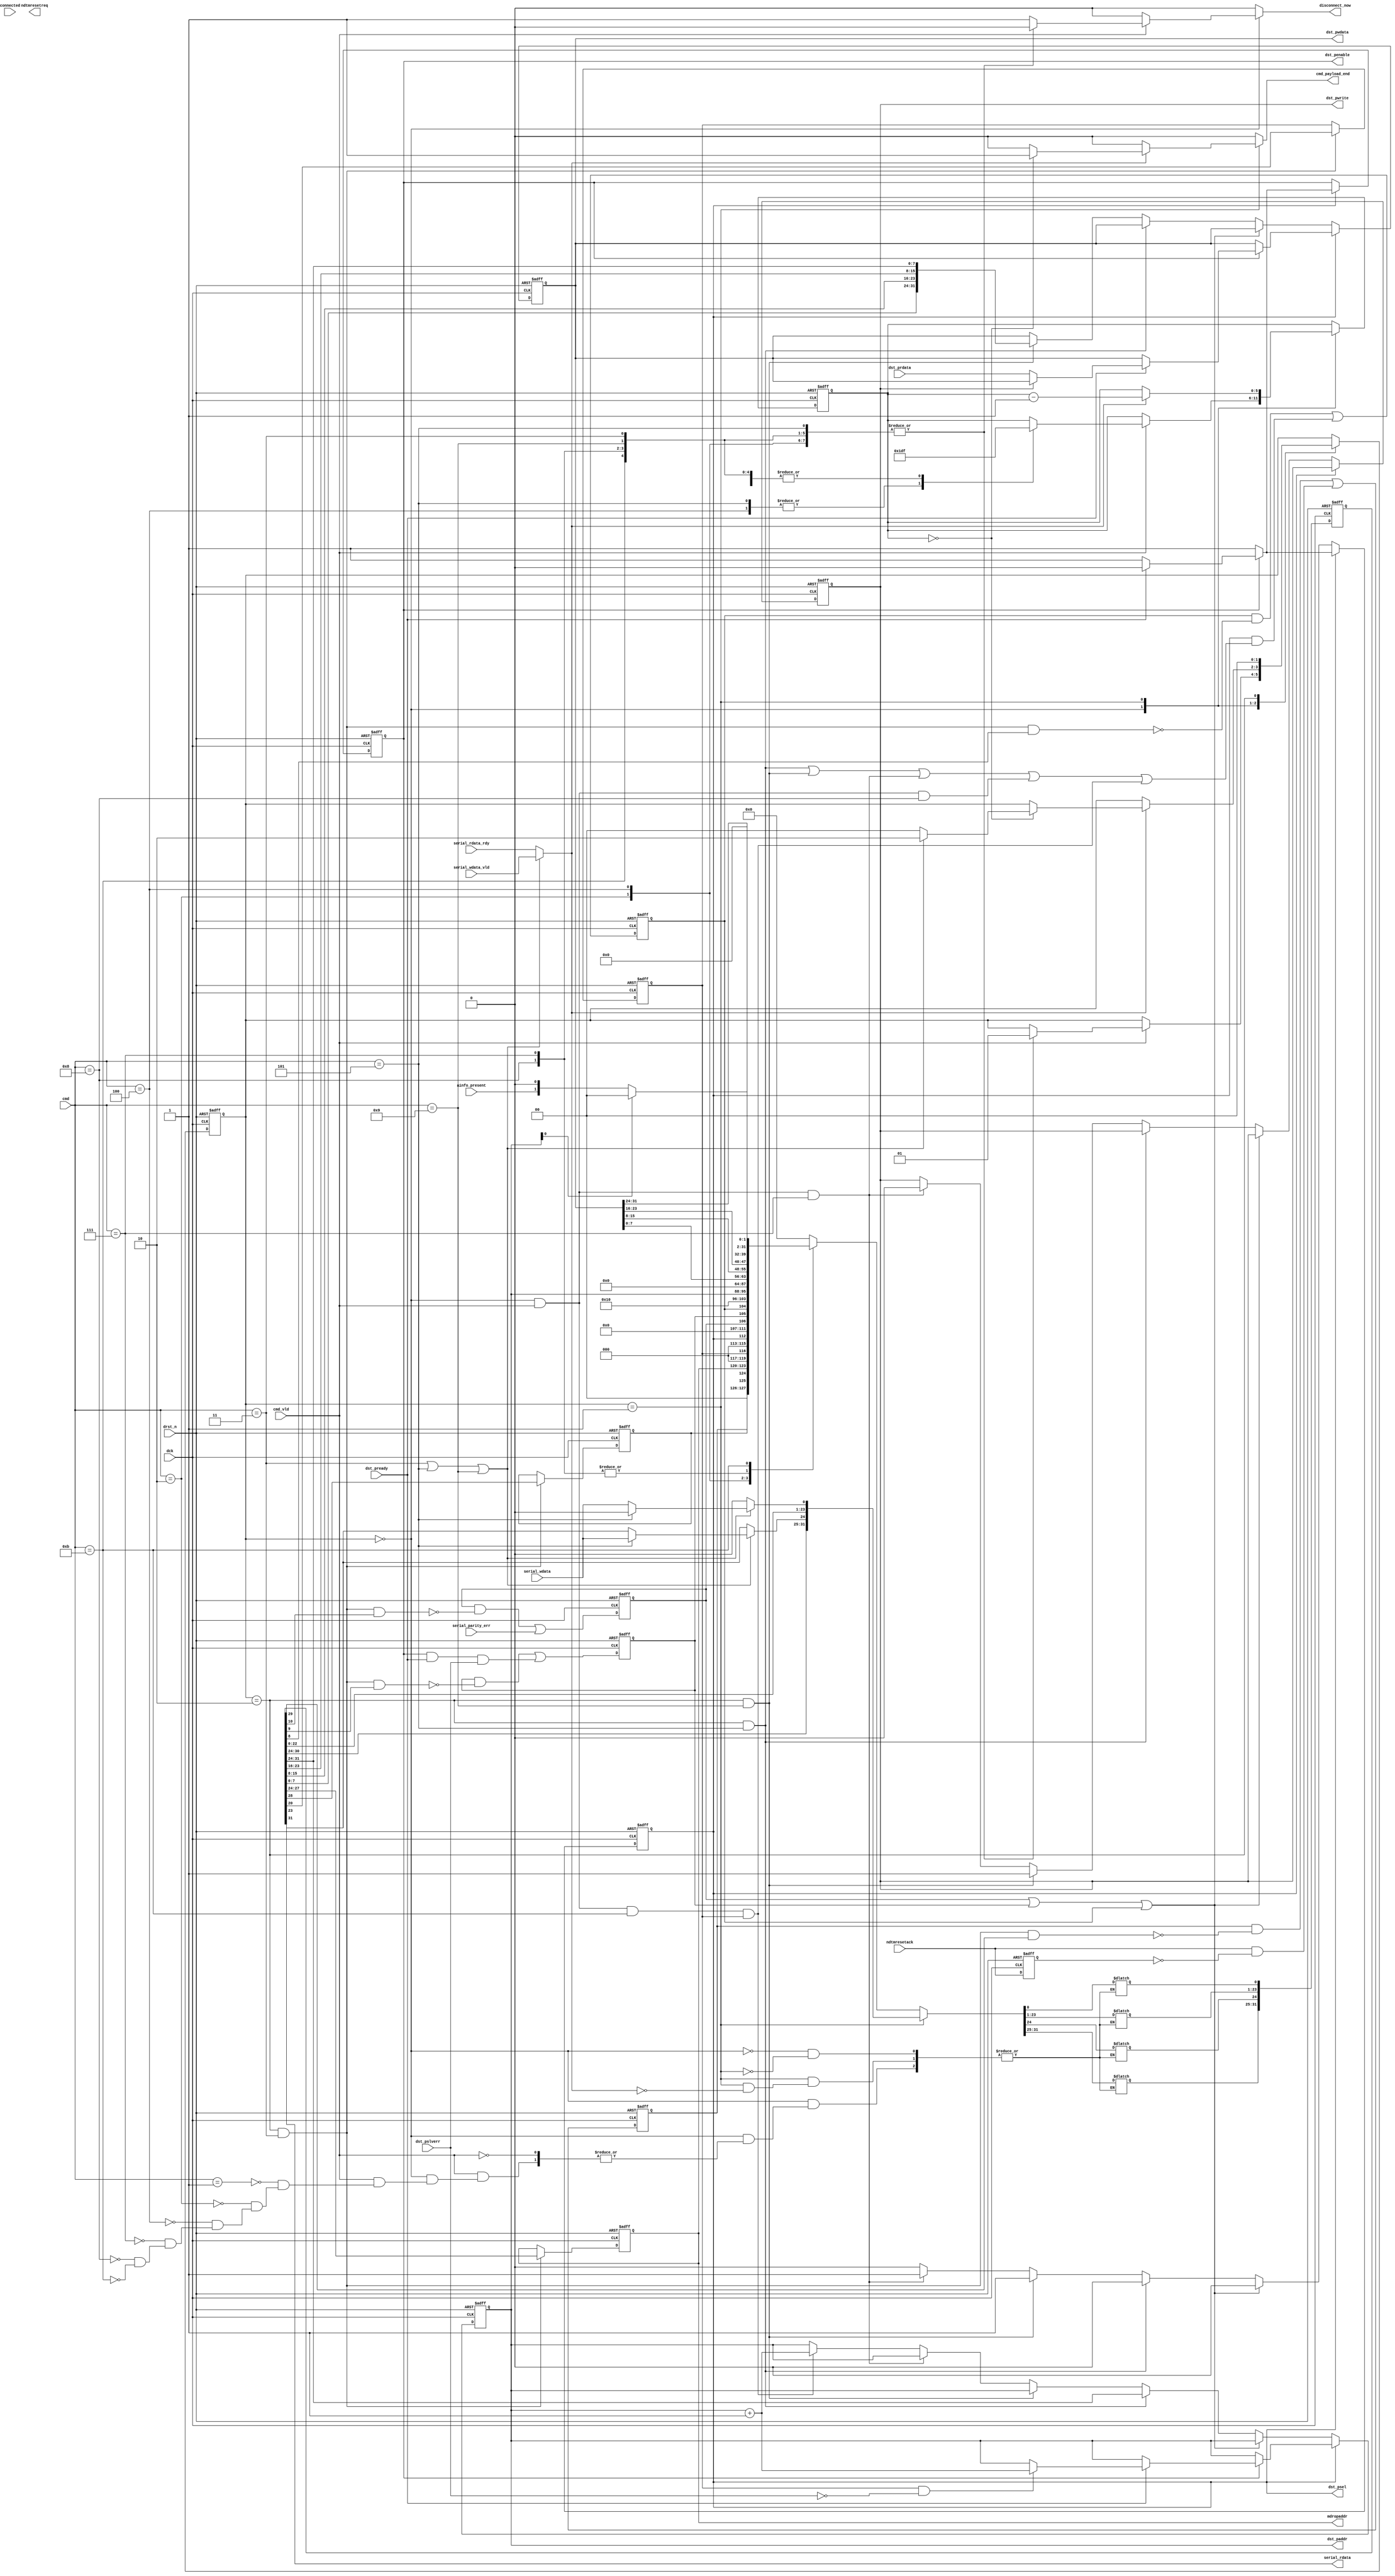
// ----------------------------------------------------------------------------
// Part of the Two-Wire Debug project, original (c) Luke Wren 2022
// SPDX-License-Identifier CC0-1.0
// ----------------------------------------------------------------------------

// DTM core implementation: registers, and downstream bus interface logic.

`default_nettype none

module twowire_dtm_core #(
	parameter W_CMD   = 4,
	parameter ASIZE   = 0,
	parameter IDCODE  = 32'h00000000,
	parameter N_AINFO = 1,
	parameter AINFO   = {N_AINFO{32'h00000000}}
) (
	input  wire                     dck,
	input  wire                     drst_n,

	input  wire                     connected,
	output reg                      disconnect_now,
	output wire [3:0]               mdropaddr,

	// Serial interface
	input  wire [W_CMD-1:0]         cmd,
	input  wire                     cmd_vld,
	output reg                      cmd_payload_end,

	input  wire                     serial_parity_err,

	input  wire                     serial_wdata,
	input  wire                     serial_wdata_vld,
	output wire                     serial_rdata,
	input  wire                     serial_rdata_rdy,

	// Non-DTM reset request
	output wire                     ndtmresetreq,
	input  wire                     ndtmresetack,

	// Address info present/nonpresent status
	input  wire [N_AINFO-1:0]       ainfo_present,

	// Downstream bus (APB3 ish)
	output wire [8*(1 + ASIZE)-1:0] dst_paddr,
	output wire                     dst_psel,
	output wire                     dst_penable,
	output wire                     dst_pwrite,
	input  wire                     dst_pready,
	input  wire                     dst_pslverr,
	output wire [31:0]              dst_pwdata,
	input  wire [31:0]              dst_prdata
);

localparam TWD_VERSION = 4'h1;

localparam W_ADDR = 8 * (1 + ASIZE);
localparam W_SREG = W_ADDR > 32 ? W_ADDR : 32;
localparam W_DATA = 32;

function [63:0] byteswap_64; input [63:0] i; begin
	byteswap_64 = {i[7:0], i[15:8], i[23:16], i[31:24], i[39:32], i[47:40], i[55:48], i[63:56]};
end endfunction

function [W_SREG-1:0] byteswap_sreg; input [W_SREG-1:0] i; begin
	byteswap_sreg = byteswap_64({32'h0, i} << (64 - W_SREG));
end endfunction

// ----------------------------------------------------------------------------

localparam CMD_DISCONNECT = 4'h0;
localparam CMD_R_IDCODE   = 4'h1;
localparam CMD_R_CSR      = 4'h2;
localparam CMD_W_CSR      = 4'h3;
localparam CMD_R_ADDR     = 4'h4;
localparam CMD_W_ADDR     = 4'h5;
localparam CMD_R_DATA     = 4'h7;
localparam CMD_R_BUFF     = 4'h8;
localparam CMD_W_DATA     = 4'h9;
localparam CMD_R_AINFO    = 4'hb;

wire cmd_is_write =
	cmd == CMD_W_CSR ||
	cmd == CMD_W_ADDR ||
	cmd == CMD_W_DATA;

// ----------------------------------------------------------------------------
// Architectural state

reg [W_DATA-1:0] bus_dbuf;
reg [W_ADDR-1:0] bus_addr;

reg              errflag_parity;
reg              errflag_busfault;
reg              errflag_busy;
wire             errflag_any = errflag_parity || errflag_busfault || errflag_busy;

wire             bus_busy;

reg              csr_aincr;
reg              csr_ndtmreset;
reg              csr_ndtmresetack;
reg [3:0]        csr_mdropaddr;

// ----------------------------------------------------------------------------
// Shift register, and register read/write interface

localparam W_STATE = 2;
localparam S_IDLE  = 2'd0;
localparam S_SHIFT = 2'd1;
localparam S_WRITE = 2'd2;

reg [W_STATE-1:0] state;
reg [W_STATE-1:0] state_nxt;
reg [5:0]         bit_ctr;
reg [5:0]         bit_ctr_nxt;
reg [W_SREG-1:0]  sreg;
reg [W_SREG-1:0]  sreg_nxt;

wire shift_en = cmd_is_write ? serial_wdata_vld : serial_rdata_rdy;
reg [31:0] ainfo_rdata;

always @ (*) begin
	state_nxt = state;
	bit_ctr_nxt = bit_ctr;

	disconnect_now = 1'b0;
	cmd_payload_end = 1'b0;

	case (state)
	S_IDLE: if (cmd_vld) begin
		case (cmd)
		CMD_DISCONNECT: begin
			disconnect_now = 1'b1;
		end
		CMD_R_IDCODE: begin
			bit_ctr_nxt = 6'h1f;
			state_nxt = S_SHIFT;
			sreg_nxt = byteswap_sreg(IDCODE);
		end
		CMD_R_CSR: begin
			bit_ctr_nxt = 6'h1f;
			state_nxt = S_SHIFT;
			sreg_nxt = byteswap_sreg({
				TWD_VERSION,
				1'b0,             // reserved
				ASIZE[2:0],
				5'h00,             // reserved
				errflag_parity,
				errflag_busfault,
				errflag_busy,
				3'h0,
				csr_aincr,
				3'h0,             // reserved
				bus_busy,
				2'h0,             // reserved
				csr_ndtmresetack,
				csr_ndtmreset,
				csr_mdropaddr
			});
		end
		CMD_R_ADDR: begin
			bit_ctr_nxt = W_ADDR - 1;
			state_nxt = S_SHIFT;
			sreg_nxt = byteswap_sreg(bus_addr);
		end
		CMD_R_DATA: begin
			bit_ctr_nxt = 6'h1f;
			state_nxt = S_SHIFT;
			sreg_nxt = byteswap_sreg(bus_dbuf);
		end
		CMD_R_BUFF: begin
			bit_ctr_nxt = 6'h1f;
			state_nxt = S_SHIFT;
			sreg_nxt = byteswap_sreg(bus_dbuf);
		end
		CMD_W_CSR: begin
			bit_ctr_nxt = 6'h1f;
			state_nxt = S_SHIFT;
		end

		CMD_W_ADDR: begin
			bit_ctr_nxt = W_ADDR - 1;
			state_nxt = S_SHIFT;
		end
		CMD_W_CSR: begin
			bit_ctr_nxt = 6'h1f;
			state_nxt = S_SHIFT;
		end
		CMD_W_DATA: begin
			bit_ctr_nxt = 6'h1f;
			state_nxt = S_SHIFT;
		end
		CMD_R_AINFO: begin
			bit_ctr_nxt = 6'h1f;
			state_nxt = S_SHIFT;
			sreg_nxt = ainfo_rdata;
		end
		default: begin
			disconnect_now = 1'b1;
		end
		endcase
	end
	S_SHIFT: if (shift_en) begin
		bit_ctr_nxt = bit_ctr - 1'b1;
		if (bit_ctr == 6'h0) begin
			state_nxt = cmd_is_write ? S_WRITE : S_IDLE;
			cmd_payload_end = 1'b1;
		end
		sreg_nxt = {sreg[W_SREG-2:0], 1'b0};
		if (cmd_is_write) begin
			if (cmd == CMD_W_ADDR) begin
				sreg_nxt[W_SREG - W_ADDR] = serial_wdata;
			end else begin
				sreg_nxt[W_SREG - 32] = serial_wdata;
			end
		end
	end
	S_WRITE: begin
		state_nxt = S_IDLE;
		// Update logic is outside of this state machine.
	end
	endcase
end

always @ (posedge dck or negedge drst_n) begin
	if (!drst_n) begin
		state <= S_IDLE;
		bit_ctr <= 6'h0;
		sreg <= {W_SREG{1'b0}};
	end else begin
		state <= state_nxt;
		bit_ctr <= bit_ctr_nxt;
		sreg <= sreg_nxt;
	end
end

assign serial_rdata = sreg[W_SREG - 1];

wire write_csr  = state == S_WRITE && cmd == CMD_W_CSR;
wire write_addr = state == S_WRITE && cmd == CMD_W_ADDR;
wire write_data = state == S_WRITE && cmd == CMD_W_DATA;

wire read_data  = state == S_IDLE && cmd_vld && cmd == CMD_R_DATA;
wire read_buff  = state == S_IDLE && cmd_vld && cmd == CMD_R_BUFF;
wire read_ainfo = state == S_IDLE && cmd_vld && cmd == CMD_R_AINFO;

// ----------------------------------------------------------------------------
// CSR update

wire [31:0] csr_wdata = byteswap_sreg(sreg);

always @ (posedge dck or negedge drst_n) begin
	if (!drst_n) begin
		csr_aincr <= 1'b0;
		csr_ndtmreset <= 1'b0;
		csr_mdropaddr <= 4'h0;
	end else if (write_csr) begin
		csr_aincr <= csr_wdata[12];
		csr_ndtmreset <= csr_wdata[4];
		csr_mdropaddr <= csr_wdata[3:0];
	end
end

assign mdropaddr = csr_mdropaddr;

reg ndtmresetack_prev;

always @ (posedge dck or negedge drst_n) begin
	if (!drst_n) begin
		ndtmresetack_prev <= 1'b1;
		csr_ndtmresetack <= 1'b0;
	end else begin
		// Set by rising edge of ACK, cleared by writing to CSR.
		ndtmresetack_prev <= ndtmresetack;
		csr_ndtmresetack <= (csr_ndtmresetack && !(write_csr && csr_wdata[5])) ||
			(ndtmresetack && !ndtmresetack_prev);
	end
end

wire set_errflag_busfault;
wire set_errflag_busy;

always @ (posedge dck or negedge drst_n) begin
	if (!drst_n) begin
		errflag_parity   <= 1'b0;
		errflag_busy     <= 1'b0;
		errflag_busfault <= 1'b0;
	end else begin
		errflag_parity <= (errflag_parity
			&& !(write_csr && csr_wdata[18])) || serial_parity_err;
		errflag_busfault <= (errflag_busfault
			&& !(write_csr && csr_wdata[17])) || set_errflag_busfault;
		errflag_busy <= (errflag_busy
			&& !(write_csr && csr_wdata[16])) || set_errflag_busy;
	end
end

// ----------------------------------------------------------------------------
// Address info table

localparam W_AINFO_ADDR = N_AINFO > 1 ? $clog2(N_AINFO) : 1;

always @ (*) begin: ainfo_rport
	reg [W_AINFO_ADDR:0] i;
	ainfo_rdata = 32'h0;
	for (i = 0; i < N_AINFO; i = i + 1) begin
		if (i[W_AINFO_ADDR-1:0] == bus_addr[W_AINFO_ADDR-1:0]) begin
			ainfo_rdata = {
				AINFO[32 * i + 2 +: 30],
				ainfo_present[i],
				AINFO[32 * i]
			};
		end
	end
end

// ----------------------------------------------------------------------------
// Bus interface

reg psel;
reg penable;
reg pwrite;

always @ (posedge dck or negedge drst_n) begin
	if (!drst_n) begin
		psel <= 1'b0;
		penable <= 1'b0;
		pwrite <= 1'b0;
		bus_addr <= {W_ADDR{1'b0}};
		bus_dbuf <= {W_DATA{1'b0}};
	end else if (psel) begin
		if (!penable) begin
			penable <= 1'b1;
		end else if (dst_pready) begin
			psel <= 1'b0;
			penable <= 1'b0;
			if (!pwrite) begin
				bus_dbuf <= dst_prdata;
			end
			if (csr_aincr && !dst_pslverr) begin
				bus_addr <= bus_addr + 1'b1;
			end
		end
	end else if (!errflag_any) begin
		if (write_addr) begin
			bus_addr <= byteswap_sreg(sreg);
		end else if (write_data) begin
			psel <= 1'b1;
			pwrite <= 1'b1;
			bus_dbuf <= byteswap_sreg(sreg);
		end else if (read_data) begin
			psel <= 1'b1;
			pwrite <= 1'b0;
		end else if (read_ainfo && csr_aincr) begin
			bus_addr <= bus_addr + 1'b1;
		end
	end
end

assign bus_busy = psel;

assign dst_psel = psel;
assign dst_penable = penable;
assign dst_pwrite = pwrite;
assign dst_paddr = bus_addr;
assign dst_pwdata = bus_dbuf;

assign set_errflag_busfault = dst_penable && dst_pready && dst_pslverr;

assign set_errflag_busy = dst_psel && (
	write_addr ||
	write_data ||
	read_data ||
	read_buff ||
	(read_ainfo && csr_aincr)
);

endmodule

`ifndef YOSYS
`default_nettype wire
`endif